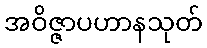
အဝိဇ္ဇာပဟာနသုတ်